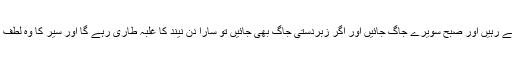
ڈاکٹروں کے مطابق روزانہ آٹھ گھنٹوں کی نیندکافی ہوتی ہے یہ نہیں رات گئے تک جاگتے رہیں اور صبح سویرے جاگ جائیں اور اگر زبردستی جاگ بھی جائیں تو سارا دن نیند کا غلبہ طاری رہے گا اور سیر کا وہ لطف نہیں آئے گا،ترقی یافتہ اس دور رات کو تاخیر سے سوناتقریباًہرگھرکامعمول بن چکا ہے۔